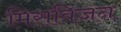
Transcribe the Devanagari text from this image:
मिराविजन